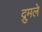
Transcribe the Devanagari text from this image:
द्रुमले